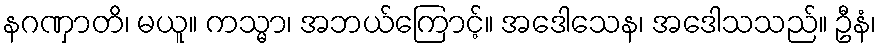
နဂဏှာတိ၊ မယူ။ ကသ္မာ၊ အဘယ်ကြောင့်။ အဒေါသေန၊ အဒေါသသည်။ ဦနံ၊